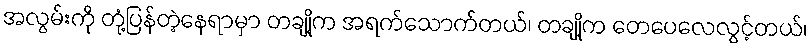
အလွမ်းကို တုံ့ပြန်တဲ့နေရာမှာ တချို့က အရက်သောက်တယ်၊ တချို့က တေပေလေလွင့်တယ်၊